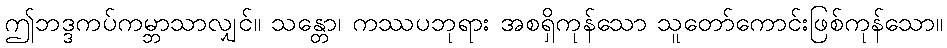
ဤဘဒ္ဒကပ်ကမ္ဘာသာလျှင်။ သန္တော၊ ကဿပဘုရား အစရှိကုန်သော သူတော်ကောင်းဖြစ်ကုန်သော။